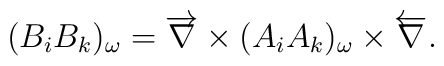
(B_iB_k)_{\omega}=\overrightarrow{{\bf \nabla}}\times(A_iA_k)_{\omega}\times\overleftarrow{{\bf \nabla}}.